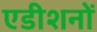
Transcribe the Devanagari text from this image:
एडीशनों